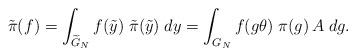
LaTeX: \begin{align*} \tilde \pi(f)= \int_{\widetilde G_N} f(\tilde y) \; \tilde \pi(\tilde y) \; dy = \int_{G_N} f(g\theta) \; \pi(g) \, A \; dg .\end{align*}